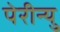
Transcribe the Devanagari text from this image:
पेरीन्यु